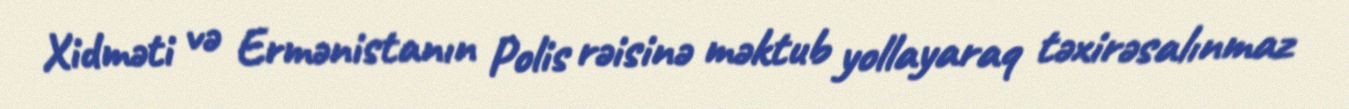
Xidməti və Ermənistanın Polis rəisinə məktub yollayaraq təxirəsalınmaz